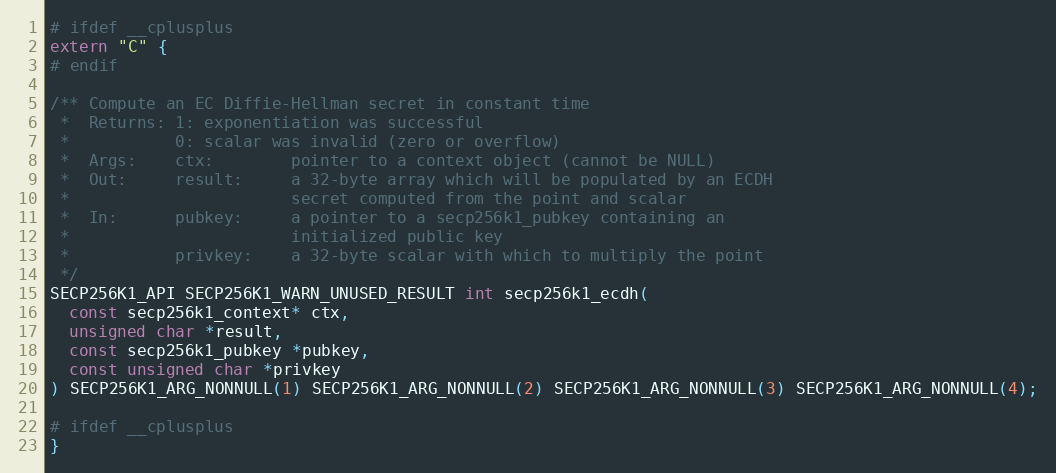
Language: C
# ifdef __cplusplus
extern "C" {
# endif

/** Compute an EC Diffie-Hellman secret in constant time
 *  Returns: 1: exponentiation was successful
 *           0: scalar was invalid (zero or overflow)
 *  Args:    ctx:        pointer to a context object (cannot be NULL)
 *  Out:     result:     a 32-byte array which will be populated by an ECDH
 *                       secret computed from the point and scalar
 *  In:      pubkey:     a pointer to a secp256k1_pubkey containing an
 *                       initialized public key
 *           privkey:    a 32-byte scalar with which to multiply the point
 */
SECP256K1_API SECP256K1_WARN_UNUSED_RESULT int secp256k1_ecdh(
  const secp256k1_context* ctx,
  unsigned char *result,
  const secp256k1_pubkey *pubkey,
  const unsigned char *privkey
) SECP256K1_ARG_NONNULL(1) SECP256K1_ARG_NONNULL(2) SECP256K1_ARG_NONNULL(3) SECP256K1_ARG_NONNULL(4);

# ifdef __cplusplus
}